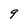
Character: 9